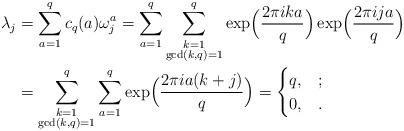
LaTeX: \begin{align*}\lambda_j&= \sum_{a=1}^{q} c_q(a) \omega_j^a=\sum_{a=1}^{q} \sum_{\substack{k=1 \\ \gcd(k,q)=1}}^q \exp \Bigl(\frac{2 \pi i ka}{q} \Bigr) \exp \Bigl(\frac{2 \pi i ja}{q} \Bigr) \\&= \sum_{\substack{k=1 \\ \gcd(k,q)=1}}^q \sum_{a=1}^{q} \exp \Bigl(\frac{2 \pi i a(k+j)}{q} \Bigr)=\begin{cases} q , & ; \\ 0, & . \end{cases}\end{align*}